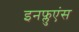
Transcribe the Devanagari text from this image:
इनफ्लुएंस